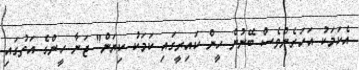
އެކަމަކު އަހަރެންވެސް ބޭނުން ހީން ކައިރީގައި ކަމަކު ކިޔަން" ޖަނާ ހީންގެ އަތުގައި